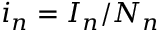
i _ { n } = I _ { n } / N _ { n }